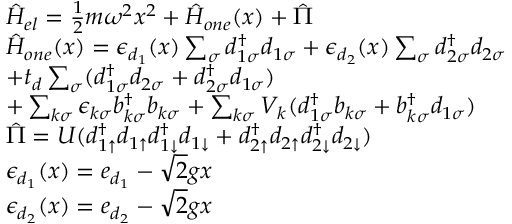
\begin{array} { r l } & { \hat { H } _ { e l } = \frac { 1 } { 2 } m \omega ^ { 2 } x ^ { 2 } + \hat { H } _ { o n e } ( x ) + \hat { \Pi } } \\ & { \hat { H } _ { o n e } ( x ) = \epsilon _ { d _ { 1 } } ( x ) \sum _ { \sigma } d _ { 1 \sigma } ^ { \dagger } d _ { 1 \sigma } + \epsilon _ { d _ { 2 } } ( x ) \sum _ { \sigma } d _ { 2 \sigma } ^ { \dagger } d _ { 2 \sigma } } \\ & { + t _ { d } \sum _ { \sigma } ( d _ { 1 \sigma } ^ { \dagger } d _ { 2 \sigma } + d _ { 2 \sigma } ^ { \dagger } d _ { 1 \sigma } ) } \\ & { + \sum _ { k \sigma } \epsilon _ { k \sigma } b _ { k \sigma } ^ { \dagger } b _ { k \sigma } + \sum _ { k \sigma } V _ { k } ( d _ { 1 \sigma } ^ { \dagger } b _ { k \sigma } + b _ { k \sigma } ^ { \dagger } d _ { 1 \sigma } ) } \\ & { \hat { \Pi } = U ( d _ { 1 \uparrow } ^ { \dagger } d _ { 1 \uparrow } d _ { 1 \downarrow } ^ { \dagger } d _ { 1 \downarrow } + d _ { 2 \uparrow } ^ { \dagger } d _ { 2 \uparrow } d _ { 2 \downarrow } ^ { \dagger } d _ { 2 \downarrow } ) } \\ & { \epsilon _ { d _ { 1 } } ( x ) = e _ { d _ { 1 } } - \sqrt { 2 } g x } \\ & { \epsilon _ { d _ { 2 } } ( x ) = e _ { d _ { 2 } } - \sqrt { 2 } g x } \end{array}